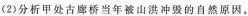
(2)分析甲处古廊桥当年被山洪冲毁的自然原因。